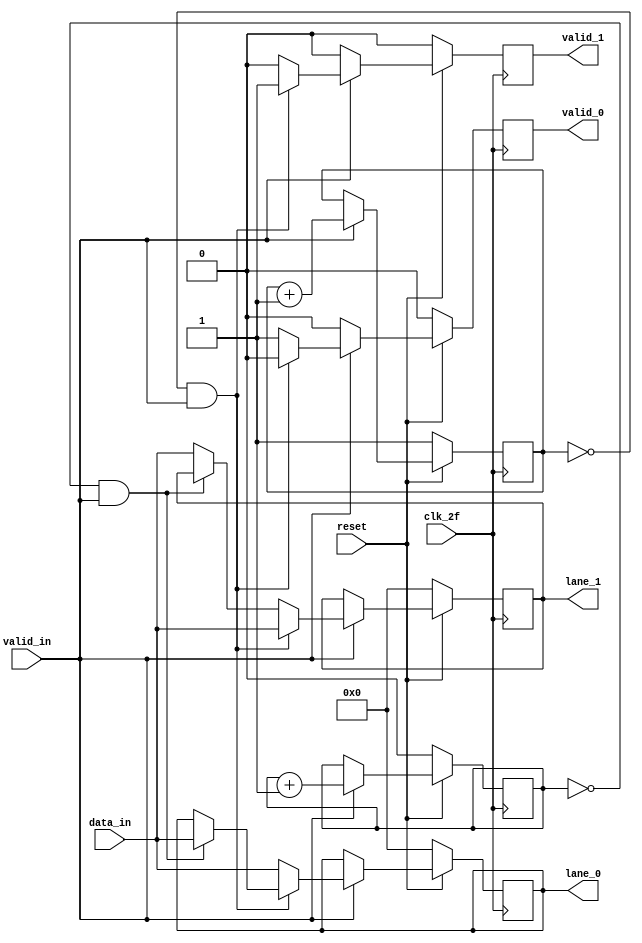
module byte_striping (
    input clk_2f, 
    input valid_in,
    input [7:0]data_in,
    input reset,
    output reg [7:0] lane_0,
    output reg  [7:0]lane_1, 
    output reg valid_0,
    output reg valid_1
);
    reg contador1, contador0; 
   always @(posedge clk_2f)begin
       if(!reset) begin 
        contador0<=0; 
        contador1<=1;
       lane_0<=0; 
       lane_1<=0;
        valid_0<=0; 
        valid_1<=0; 
        end else begin 
    if(valid_in==1) begin
        if (contador0==0&&valid_in==1) begin
        lane_0<=data_in; 
        contador0<=contador0+1;
        contador1<=contador1+1; 
        valid_0<=1; 
        valid_1<=0; 
        end else begin
        lane_1<=data_in; 
        contador1<=contador1+1;
        contador0<=contador0+1; 
        valid_0<=0; 
        valid_1<=1;
        end
        if (contador1==0&&valid_in==1) begin 
        lane_1<=data_in; 
        contador1<=contador1+1; 
        contador0<=contador0+1;
        valid_0<=0; 
        valid_1<=1;
        end else begin 
        lane_0<=data_in; 
        contador0<=contador0+1; 
        contador1<=contador1+1;
        valid_0<=1; 
        valid_1<=0;
        end
       end else begin
    valid_0<=0;
    valid_1<=0; 
        end  
    end
   end 
endmodule